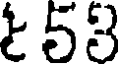
t 53